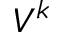
V ^ { k }